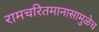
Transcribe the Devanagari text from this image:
रामचरितमानासामुळेच